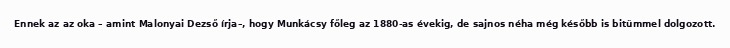
Ennek az az oka – amint Malonyai Dezső írja–, hogy Munkácsy főleg az 1880-as évekig, de sajnos néha még később is bitümmel dolgozott.